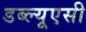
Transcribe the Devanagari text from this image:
डब्ल्यूएसी